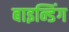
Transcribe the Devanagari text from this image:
बाइन्डिंग